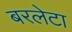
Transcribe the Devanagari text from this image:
बरलेटा